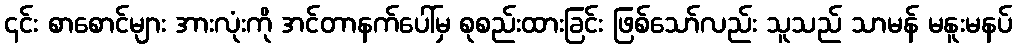
၎င်း စာစောင်များ အားလုံးကို အင်တာနက်ပေါ်မှ စုစည်းထားခြင်း ဖြစ်သော်လည်း သူသည် သာမန် မနူးမနပ်